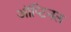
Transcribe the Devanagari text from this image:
ऑप्टिनल